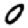
Digit: 0